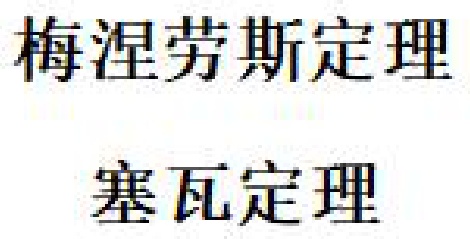
梅涅劳斯定理
塞瓦定理